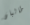
طالبان